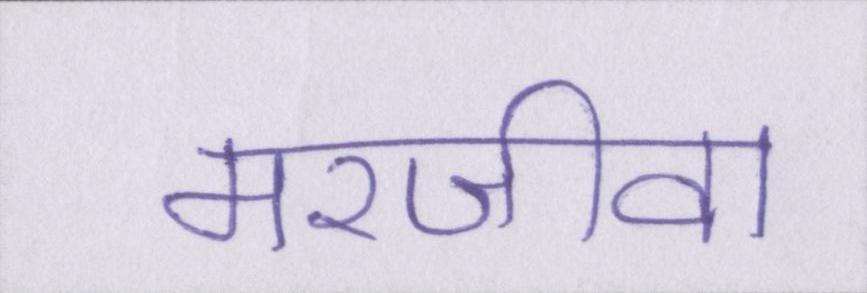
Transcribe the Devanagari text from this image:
मरजीवा